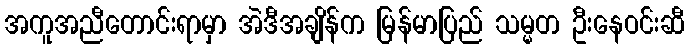
အကူအညီတောင်းရာမှာ အဲဒီအချိန်က မြန်မာပြည် သမ္မတ ဦးနေဝင်းဆီ